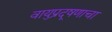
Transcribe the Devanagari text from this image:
वायुप्रदूषणाचा